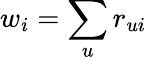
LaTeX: w_{i}=\sum_{u}r_{ui}